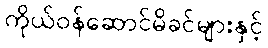
ကိုယ်ဝန်ဆောင်မိခင်များနှင့်